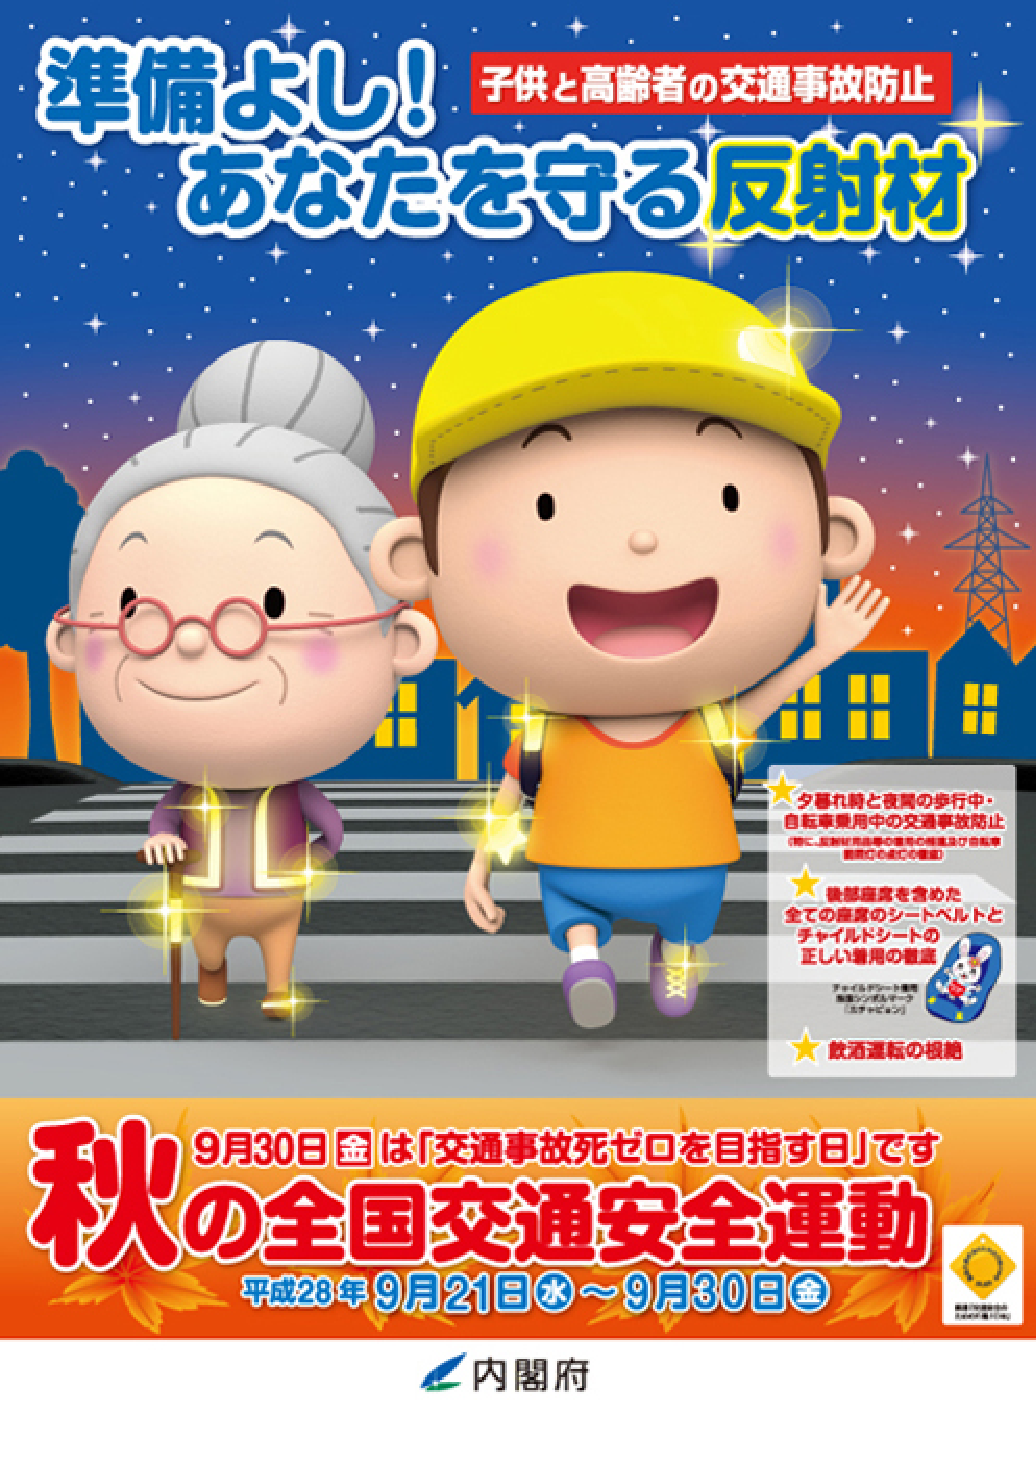
準備よし！
子供と高齢者の交通事故防止
あなたを守る反射材

★ 夕暮れ時と夜間の歩行中・
自転車乗用中の交通事故防止
（特に、反射材の活用や信号の順守及び自動車
運転の適正な配慮）

★ 後部座席を含めた
全ての座席のシートベルトと
チャイルドシートの
正しい着用の徹底
チャイルドシート専用
補助シート（スチールシート）

★ 飲酒運転の根絶

秋の全国交通安全運動
9月30日金は「交通事故死ゼロを目指す日」です
平成28年9月21日水～9月30日金

内閣府